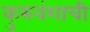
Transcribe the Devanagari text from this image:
कुरुवंशाची